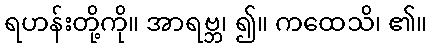
ရဟန်းတို့ကို။ အာရဗ္ဘ၊ ၍။ ကထေသိ၊ ၏။